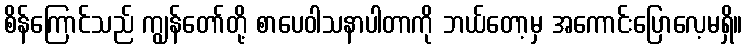
စိန်ကြောင်သည် ကျွန်တော်တို့ စာပေဝါသနာပါတာကို ဘယ်တော့မှ အကောင်းပြောလေ့မရှိ။